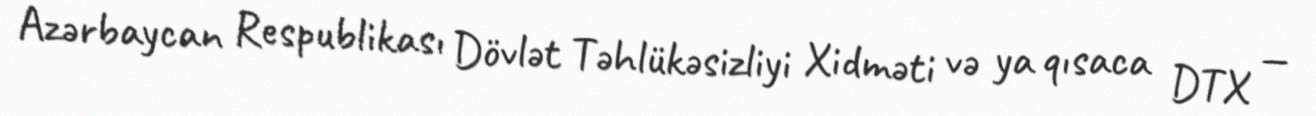
Azərbaycan Respublikası Dövlət Təhlükəsizliyi Xidməti və ya qısaca DTX —